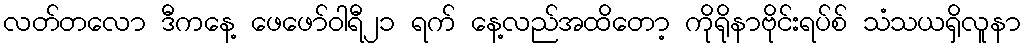
လတ်တလော ဒီကနေ့ ဖေဖော်ဝါရီ၂၁ ရက် နေ့လည်အထိတော့ ကိုရိုနာဗိုင်းရပ်စ် သံသယရှိလူနာ